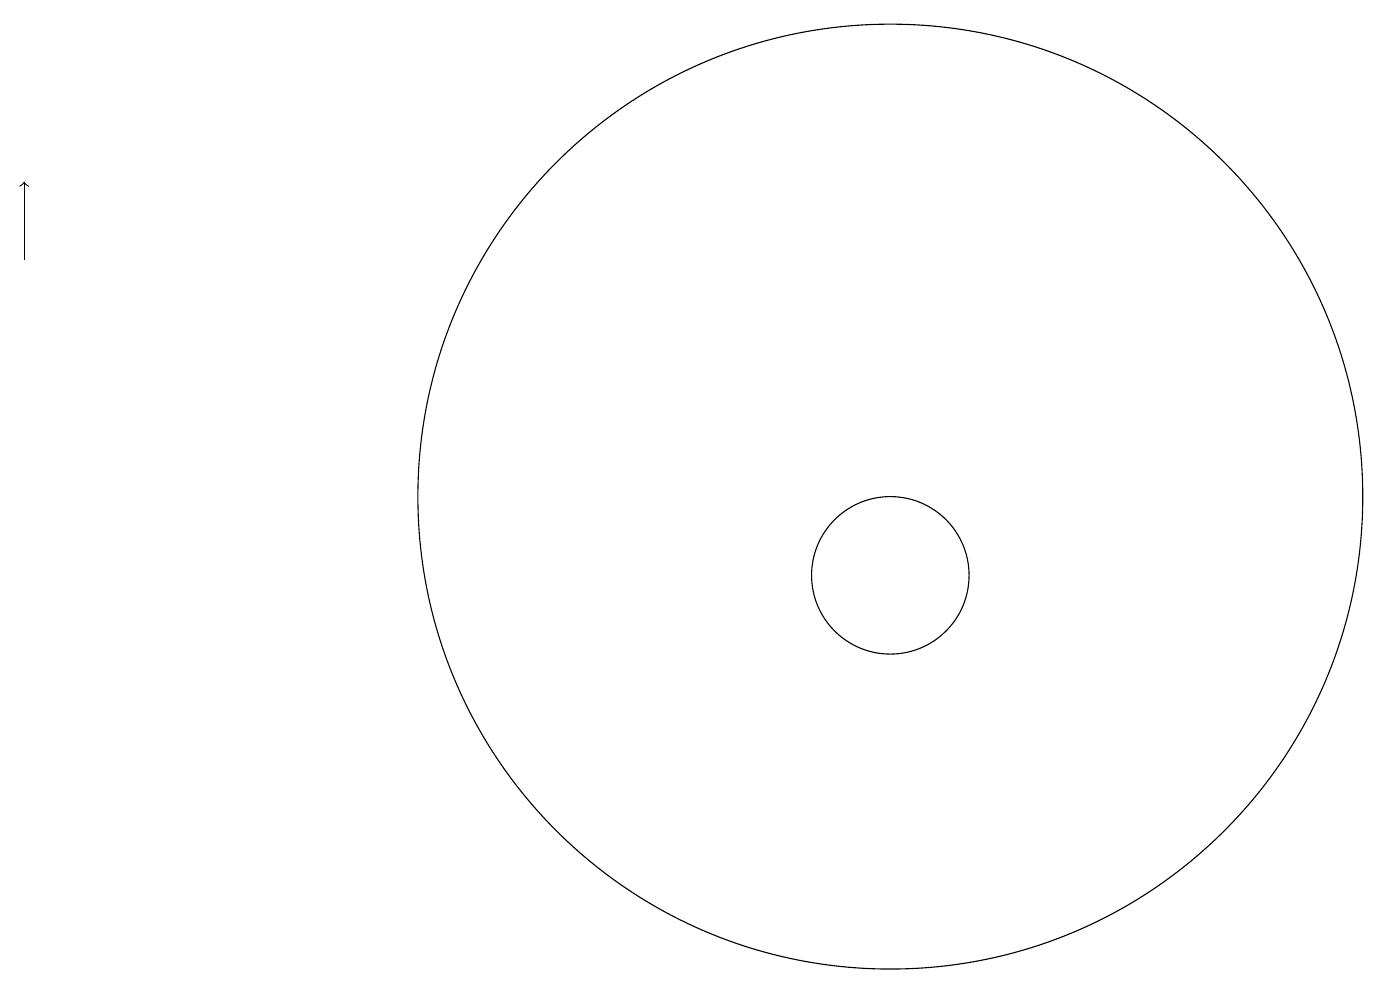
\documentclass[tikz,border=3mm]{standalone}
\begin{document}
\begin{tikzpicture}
\draw[->] (1,15) -- (1,16);
\draw (12,11) circle (1);
\draw (12,12) circle (6);
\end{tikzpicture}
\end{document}